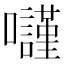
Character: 𡄾